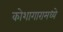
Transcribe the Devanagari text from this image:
कोशागारामध्ये